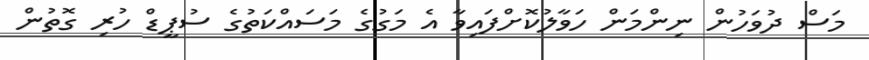
މަސް ދުވަހުން ނިންމަން ހަވާލުކޮށްފައިވާ އެ މަގުގެ މަސައްކަތުގެ ސުޕީޑް ހުރި ގޮތުން